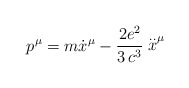
\begin{align*}p^\mu= m \dot x^\mu - \frac{2 e^2}{3 \,c^3} \stackrel{..}{x}^\mu\end{align*}